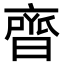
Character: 𮮼